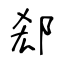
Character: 郄